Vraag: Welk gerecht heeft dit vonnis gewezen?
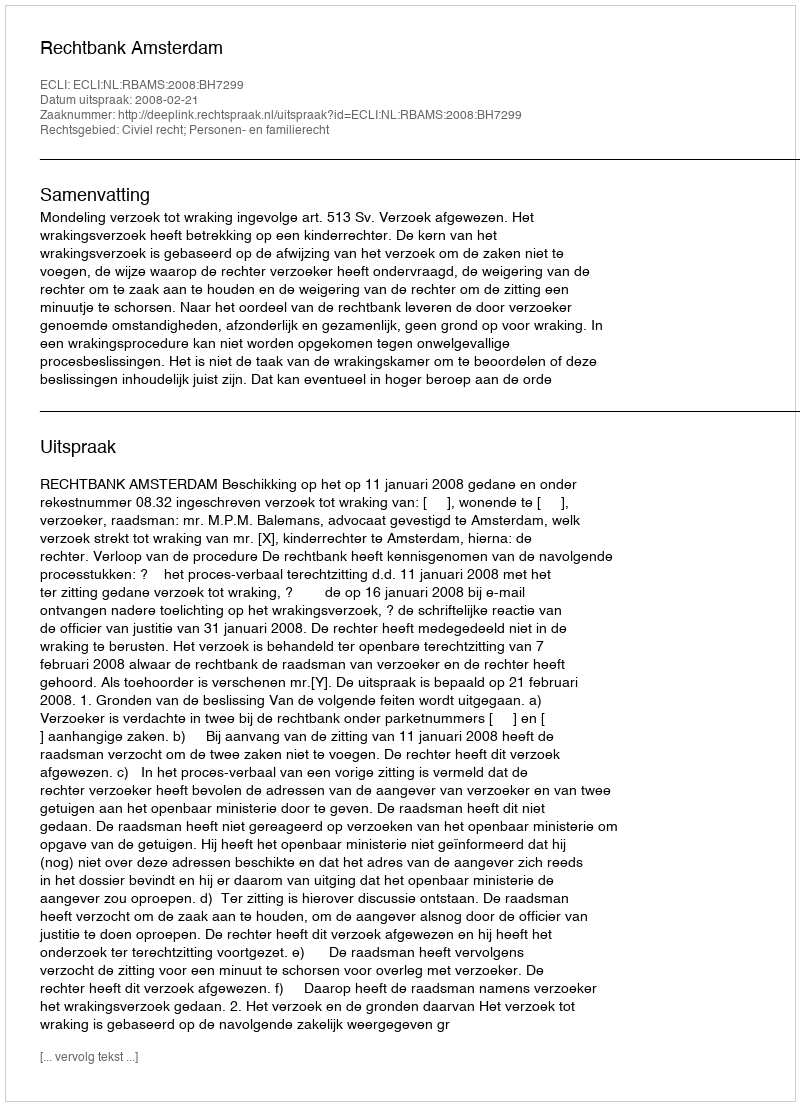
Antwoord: Rechtbank Amsterdam